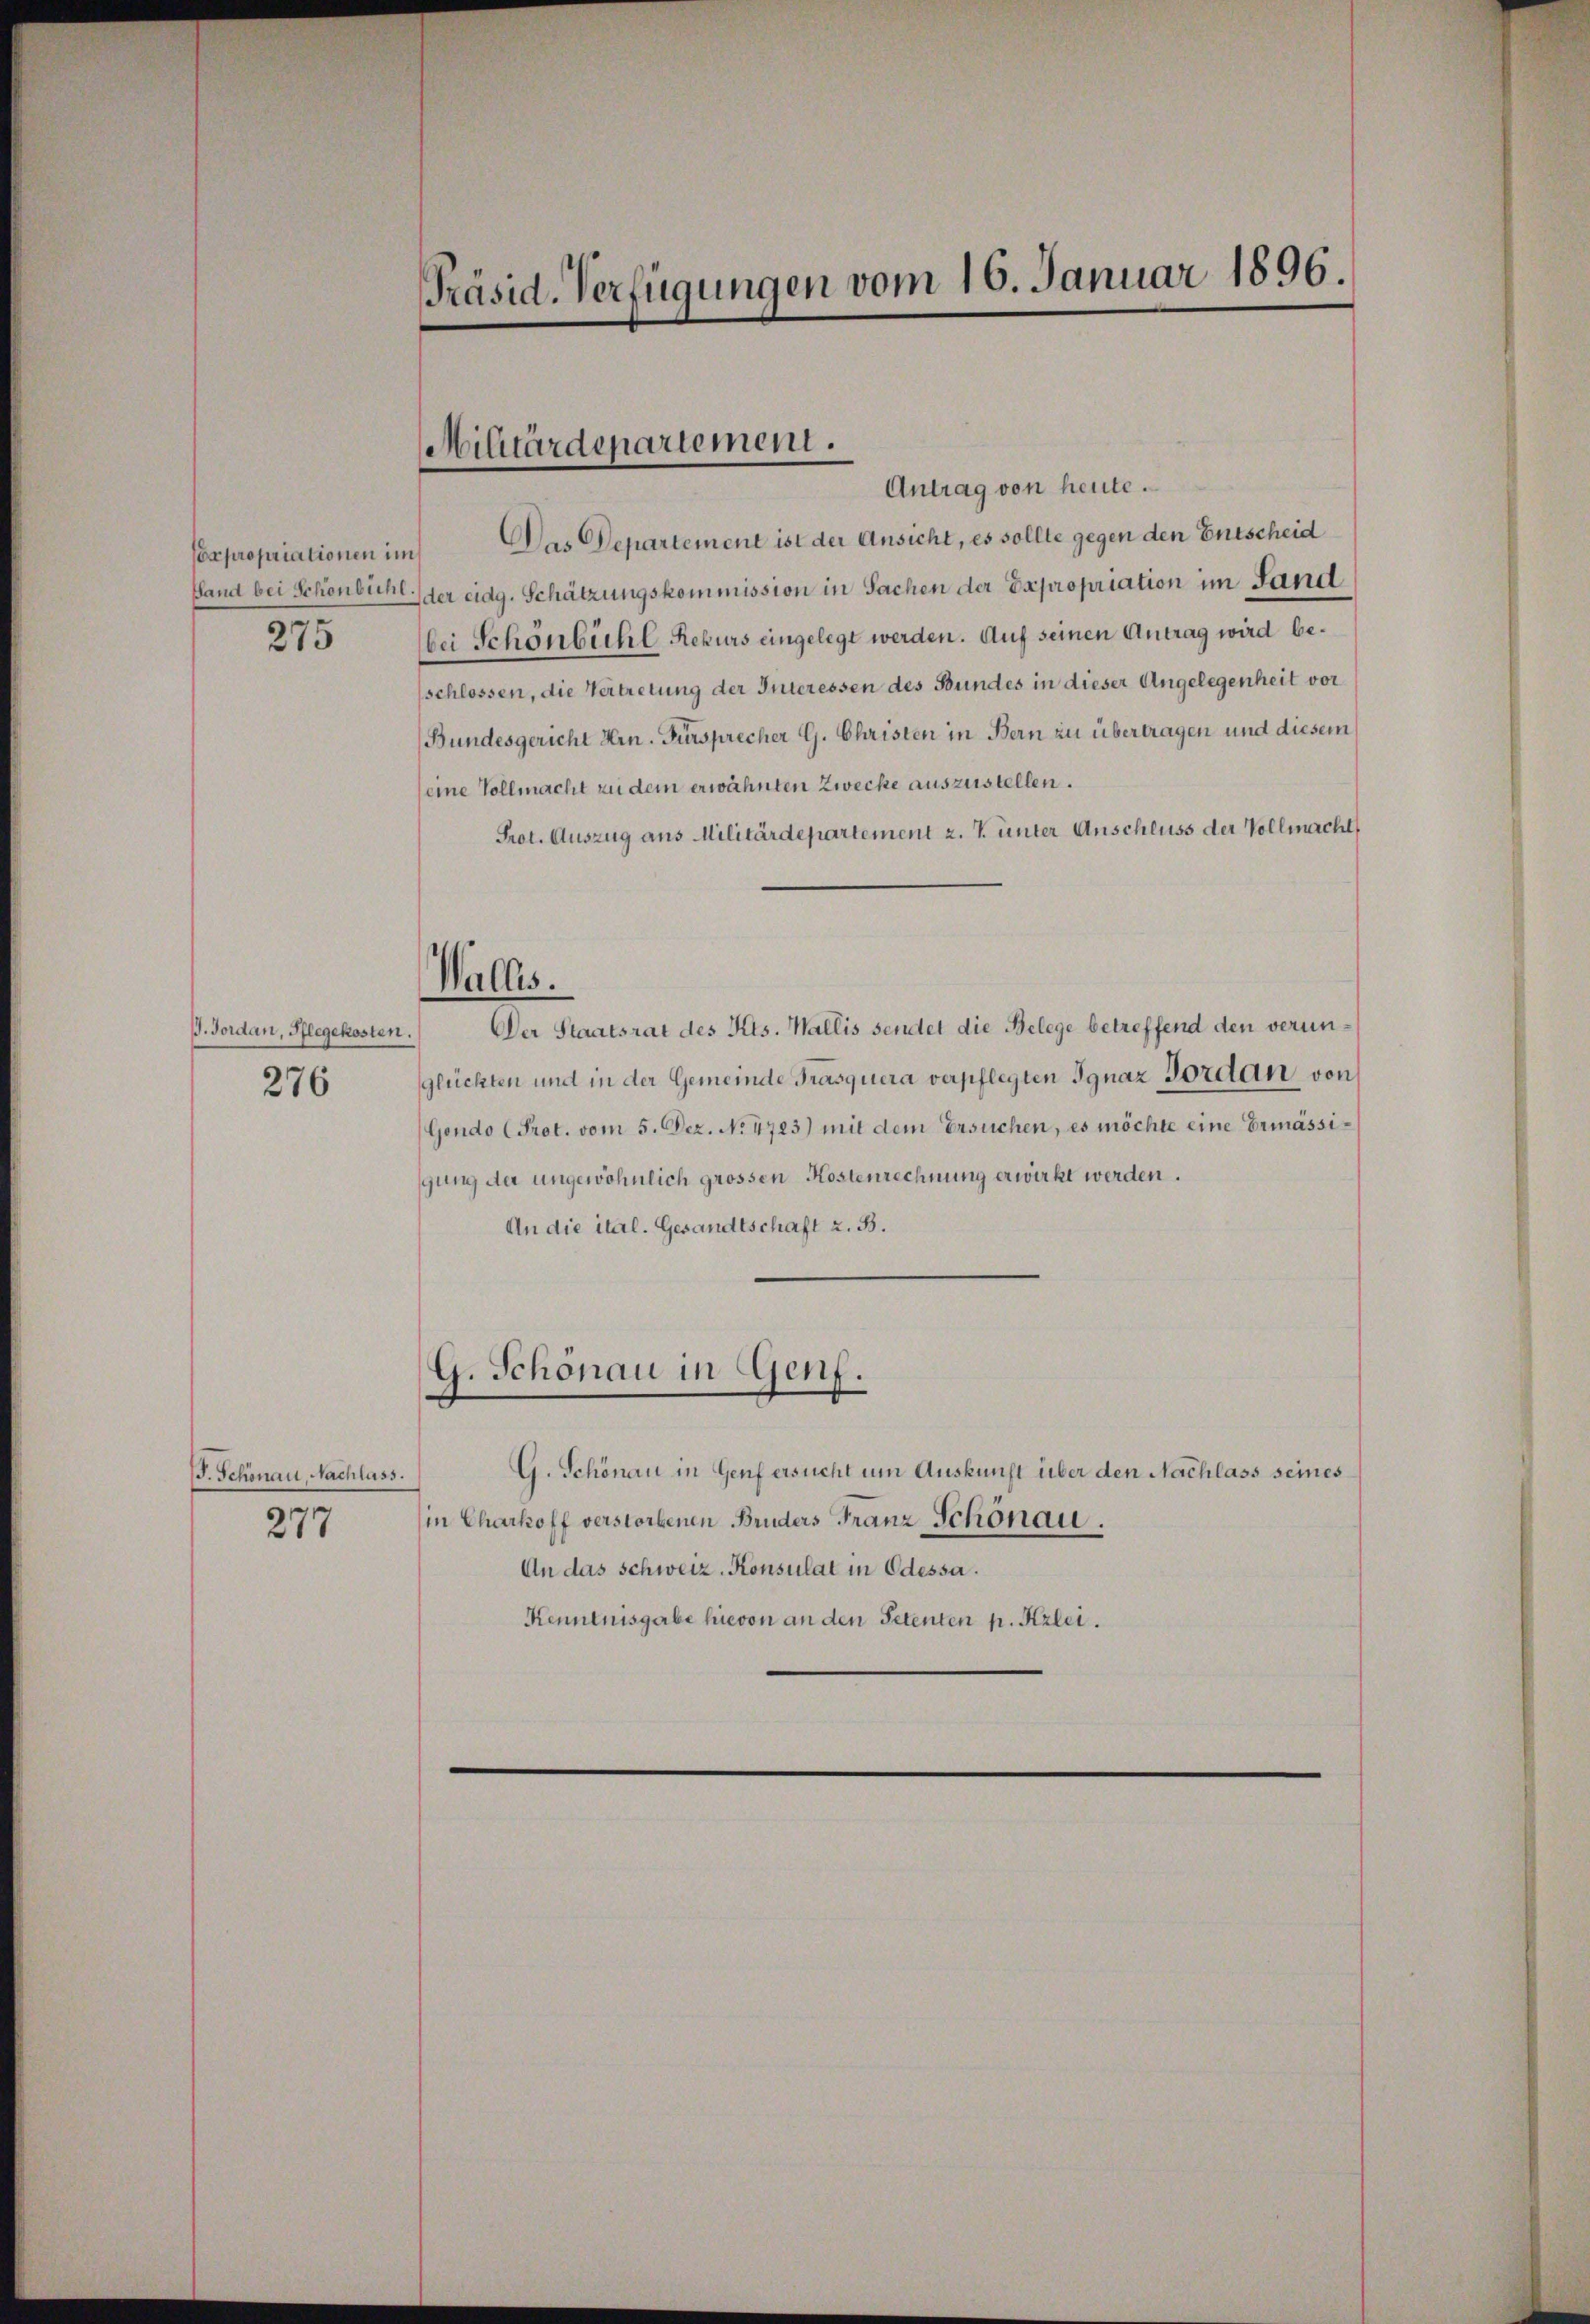
275

G. Jordan, Pflegekosten.
276

J. Schönau, Nachlass.
277

Präsid. Verfügungen vom 16. Januar 1896.

Militärdepartement.

Wallis.

Antrag von heute.
sexpropriationen im Das Departement ist der Ansicht, es sollte gegen den Entscheid
fand bei Schönbichl der eidg. Schätzungskommission in Sachen der Expropriation im Land
bei Schönbühl Rekurs eingelegt werden. Auf seinen Antrag wird be¬
(schlossen, die Vertretung der Interessen des Bundes in dieser Angelegenheit vor
(Bundesgericht Hrn. Fürsprecher G. Christen in Bern zu übertragen und diesem
(eine Vollmacht zu dem erwähnten Zwecke auszustellen.
Prot. Auszug aus Militärdepartement z. B. unter Anschluss der Vollmacht
Der Staatsrat des Kts. Wallis sendet die Belege betreffend den verunglückten und in der Gemeinde Trasquera verpflegten Ignaz Bordan von
Gondo (Prot. vom 5. Dez. No. 4723) mit dem Ersuchen, es möchte eine Ermässigung der ungewöhnlich grossen Kostenrechnung erwirkt werden.
An die ital. Gesandtschaft z. B.
G. Schönau in Genf.
G. Schönau in Genf ersucht um Auskunft über den Nachlass seines
in Charkoff verstorbenen Bruders Franz Schönau.
An das Schweiz. Konsulat in Odessa.
Kenntnisgabe hievon an den Petenten p. Kzlei.